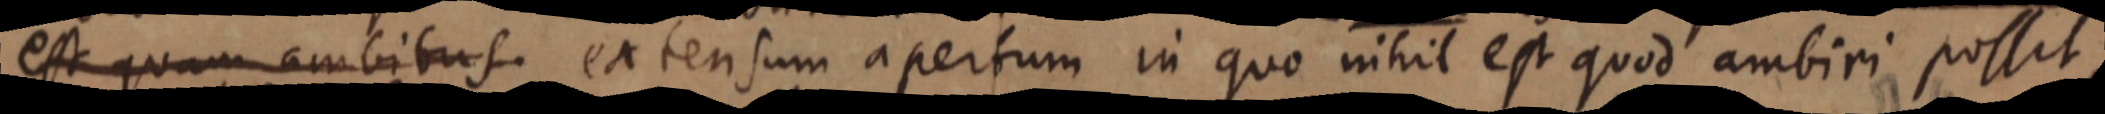
est quam ambitus extensum apertum in quo nihil est quod ambiri possit,